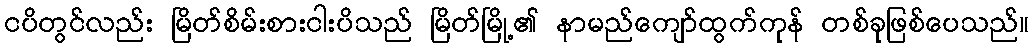
ငပိတွင်လည်း မြိတ်စိမ်းစားငါးပိသည် မြိတ်မြို့၏ နာမည်ကျော်ထွက်ကုန် တစ်ခုဖြစ်ပေသည်။